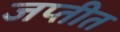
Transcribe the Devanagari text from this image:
जप्तीत